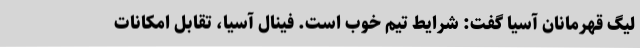
لیگ قهرمانان آسیا گفت: شرایط تیم خوب است. فینال آسیا، تقابل امکانات